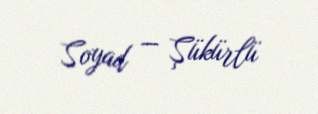
Soyad — Şükürlü